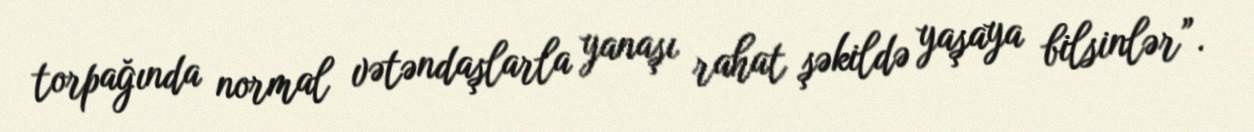
torpağında normal vətəndaşlarla yanaşı rahat şəkildə yaşaya bilsinlər”.